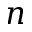
n